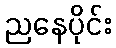
ညနေပိုင်း